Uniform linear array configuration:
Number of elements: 24
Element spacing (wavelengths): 0.25
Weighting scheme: hamming
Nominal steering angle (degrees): -15
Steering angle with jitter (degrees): -15.391
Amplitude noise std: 0.05
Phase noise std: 0.05

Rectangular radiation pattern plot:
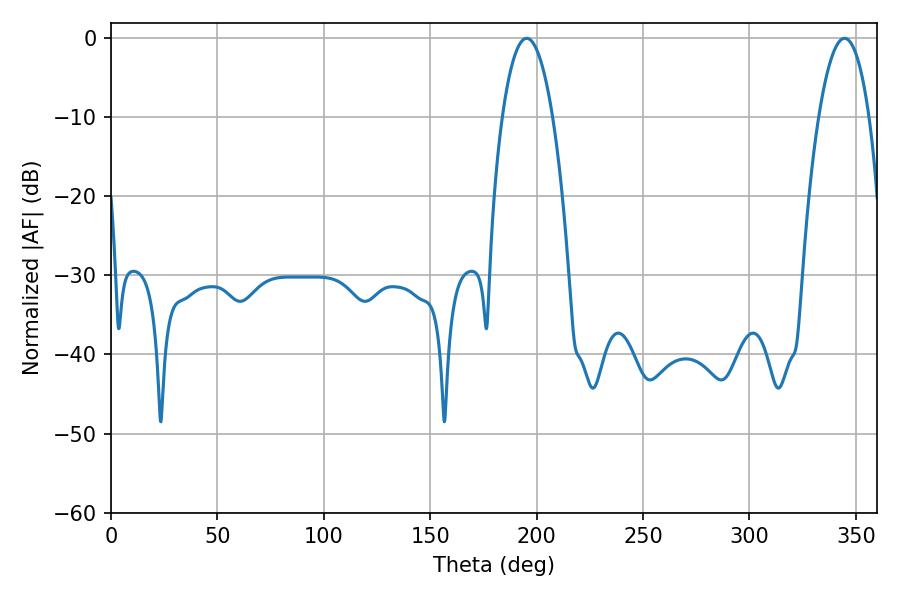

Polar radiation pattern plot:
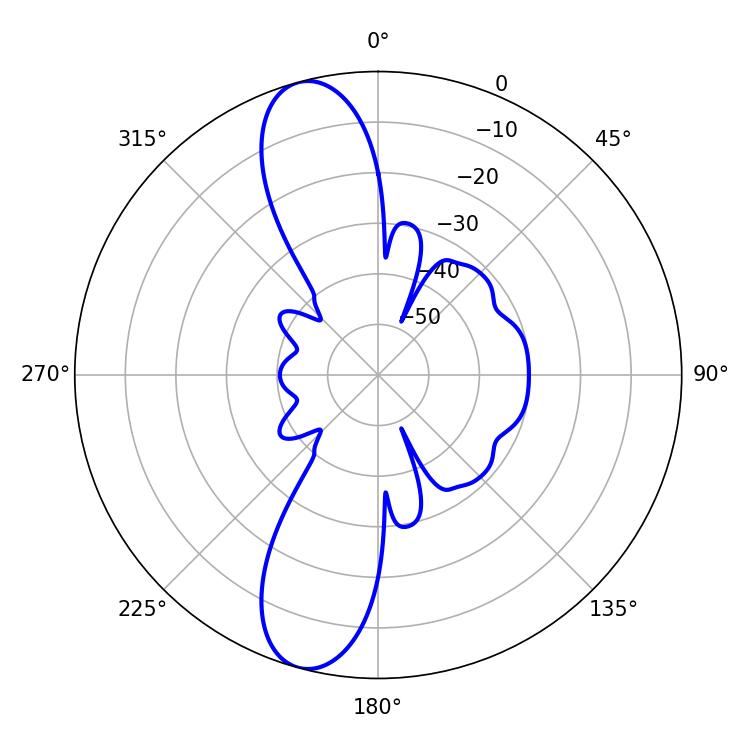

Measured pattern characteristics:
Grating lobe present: FALSE
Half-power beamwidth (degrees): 13.14
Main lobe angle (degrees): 195.3